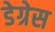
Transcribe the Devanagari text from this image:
डेग्रेस